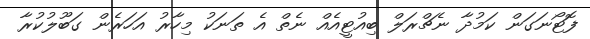
ފޮޓޯނަގަން ކަމުދާ ނެޗްރަލް ބިއުޓީއެއް ނެތް އެ ތަނަކު މިހާރު އަހަރެން ގަބޫލުކުރާ